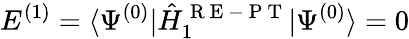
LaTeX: E^{(1)}=\langle\Psi^{(0)}|\hat{H}_{1}^{\mathrm{~R~E~-~P~T~}}|\Psi^{(0)}\rangle=0